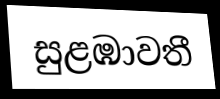
සුළඹාවතී